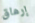
إرهاق